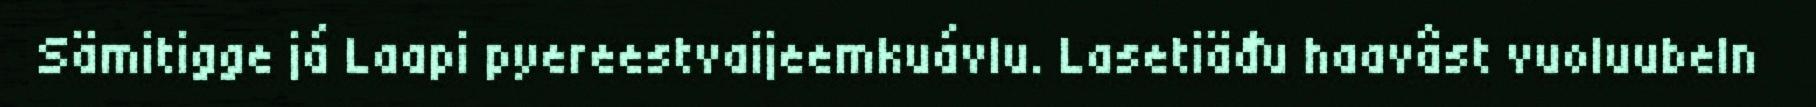
Sämitigge já Laapi pyereestvaijeemkuávlu. Lasetiäđu haavâst vuoluubeln